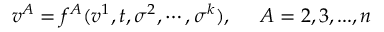
v ^ { A } = f ^ { A } ( v ^ { 1 } , t , \sigma ^ { 2 } , \cdots , \sigma ^ { k } ) , \; \; \; \; \; A = 2 , 3 , . . . , n